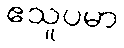
ဧသူပမာ